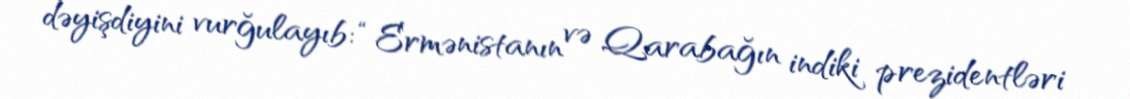
dəyişdiyini vurğulayıb: “Ermənistanın və Qarabağın indiki prezidentləri